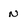
Character: n